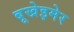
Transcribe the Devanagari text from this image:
बूखेइमेर